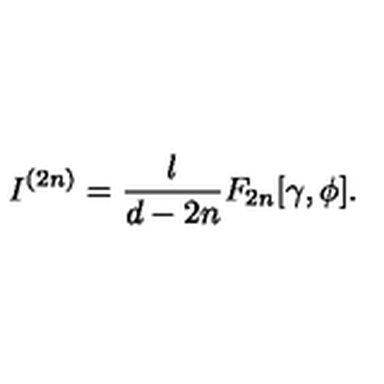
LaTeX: I ^ { ( 2 n ) } = \frac { l } { d - 2 n } F _ { 2 n } [ \gamma , \phi ] .